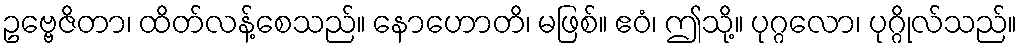
ဥဗ္ဗေဇိတာ၊ ထိတ်လန့်စေသည်။ နောဟောတိ၊ မဖြစ်။ ဧဝံ၊ ဤသို့။ ပုဂ္ဂလော၊ ပုဂ္ဂိုလ်သည်။